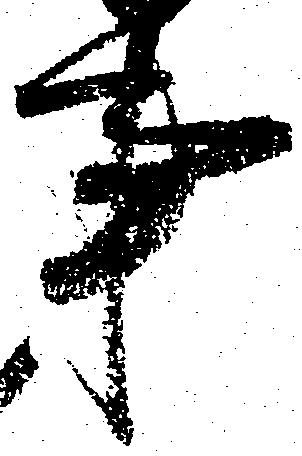
事